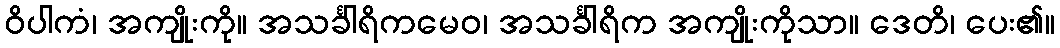
ဝိပါကံ၊ အကျိုးကို။ အသင်္ခါရိကမေဝ၊ အသင်္ခါရိက အကျိုးကိုသာ။ ဒေတိ၊ ပေး၏။